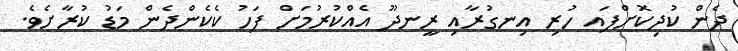
ދެން ކުދިކޮށްފައ ހުރި އިނގުރާއި ރީނދޫ އެއްކުރުމަށް ފަހު ކެެކެންދެން މަޑު ކުރާށެވެ.